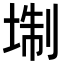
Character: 𡍘